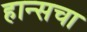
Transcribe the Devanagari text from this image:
हान्सचा